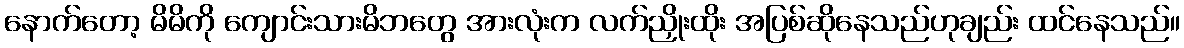
နောက်တော့ မိမိကို ကျောင်းသားမိဘတွေ အားလုံးက လက်ညှိုးထိုး အပြစ်ဆိုနေသည်ဟုချည်း ထင်နေသည်။